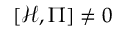
[ { \mathcal { H } } , { \Pi } ] \neq 0